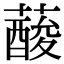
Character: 𦾹